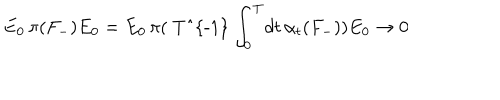
E _ { 0 } \, \pi ( { F } _ { - } ) E _ { 0 } = E _ { 0 } \, \pi ( \mathrm { ~ T ^ { - 1 } ~ } \! \int _ { 0 } ^ { T } \! d t \, \alpha _ { t } ( F _ { - } ) ) E _ { 0 } \rightarrow 0